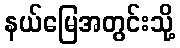
နယ်မြေအတွင်းသို့